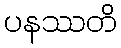
ပနဿတိ